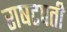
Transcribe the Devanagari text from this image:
राषटपती